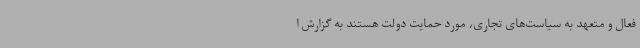
فعال و متعهد به سیاست‌های تجاری، مورد حمایت دولت هستند به گزارش ا